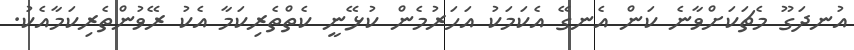
އުނދަގޫ މެޗަކަށްވާނެ ކަން އެނގޭ އެކަމަކު އަހަރުމެން ކުޅޭނީ ކެތްތެރިކަމާ އެކު ރޭވުންތެރިކަމާއެކު.